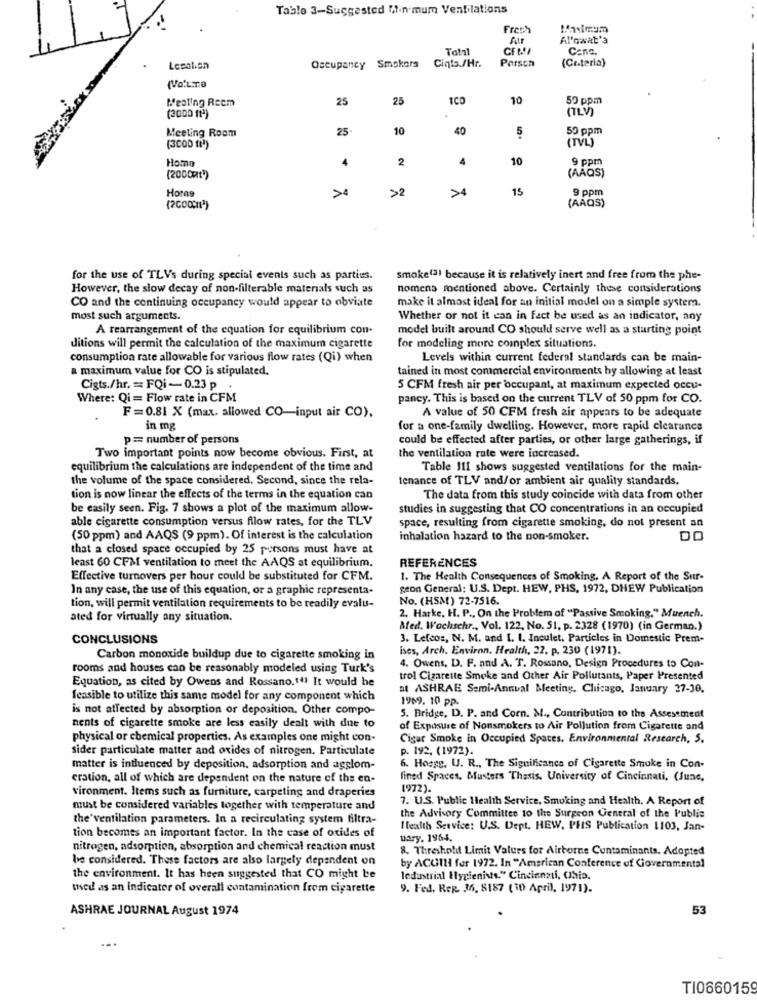
Tablo 3-Suggested Minimum Ventilations
Fresh
Al'owat'a
Total
Canc.
(Ceteria)
Location
Occupancy Smokers
Ciqts./Hr.
Parsen
(Vo.L.T.O
Meoling Reem
25
25
ICO
10
50 ppm
(TLV)
(3000 ftª)
Meeting Room
25
10
40
5
50 ppm
(TVL)
(3COD ft))
Homo
4
2
4
10
9 ppm
(AAQS)
(2000Ht))
Horas
>2
>4
15
9 ppm
(AAQS)
for the use of TLVs during special events such as parties.
Smoke(3) because it is relatively inert and free from the phe-
However, the slow decay of non-filterable materials such as
nomens mentioned above. Certainly these considerations
CO and the continuing occupancy would appear to obviate
make it almost ideal for an initial model on a simple system.
most such arguments.
Whether or not it can in fact be used as an indicator, any
A rearrangement of the equation for equilibrium con-
model built around CO should serve well as a starting point
ditions will permit the calculation of the maximum cigarette
for modeling more complex situations.
consumption rate allowable for various flow rates (Qi) when
Levels within current federal standards can be main-
a maximum value for CO is stipulated.
tained in most commercial environments by allowing at least
Cigts./hr. = FQi -0.23 p .
5 CFM fresh air per 'occupant, at maximum expected occu-
Where: Qi = Flow rate in CFM
pancy. This is based on the current TLV of 50 ppm for CO.
F=0.81 X (max. allowed CO-input air CO),
A value of 50 CFM fresh air appears to be adequate
in mg
for a one-family dwelling. However, more rapid clearance
p= number of persons
could be effected after parties, or other large gatherings, if
Two important points now become obvious. First, at
the ventilation rate were increased.
equilibrium the calculations are independent of the time and
Table III shows suggested ventilations for the main-
the volume of the space considered. Second, since the rela-
tenance of TLV and/or ambient air quality standards.
tion is now linear the effects of the terms in the equation can
The data from this study coincide with data from other
be easily seen. Fig. 7 shows a plot of the maximum allow-
studies in suggesting that CO concentrations in an occupied
able cigarette consumption versus filow rates, for the TLV
space, resulting from cigarette smoking, do not present an
(50 ppm) and AAQS (9 ppm). Of interest is the calculation
inhalation hazard to the non-smoker.
DO
that a closed space occupied by 25 persons must have at
REFERENCES
least 60 CFM ventilation to meet the AAQS at equilibrium.
Effective turnovers per hour could be substituted for CFM.
1. The Health Consequences of Smoking, A Report of the Sur-
In any case, the use of this equation, or a graphic representa-
geon General: U.S. Dept. HEW, PHS, 1972, DHEW Publication
No. (HSM) 72-7516.
tion, will permit ventilation requirements to be readily evalu-
ated for virtually any situation.
2. Harke, H. P ., On the Problem of "Passive Smoking." Muench.
Med. Wochschr ., Vol. 122, No. 51. p. 2328 (1970) (in German.)
CONCLUSIONS
3. Lefcos, N. M. and I. I. Inculet, Particles in Domestic Prem-
ises, Arch. Environ. Health, 22. p. 230 (1971).
Carbon monoxide buildup due to cigarette smoking in
rooms and houses can be reasonably modeled using Turk's
4. Owens, D. F. and A. T. Rossano, Design Procedures to Con-
Equation, as cited by Owens and Rossano.t") It would he
trol Cigarette Smoke and Other Air Pollutants, Paper Presented
at ASHRAE Semi-Annual Meeting. Chicago, January 27-30,
feasible to utilize this same model for any component which
1969. 10 pp.
is not atfected by absorption or deposition. Other compo-
5. Bridge, D. P. and Corn. M ., Contribution to the Assessment
nents of cigarette smoke are less easily dealt with due to
of Exposure of Nonsmokers to Air Pollution from Cigarette and
physical or chemical properties. As examples one might con-
Cigar Smoke in Occupied Spaces. Environmental Research, 5.
sider particulate matter and oxides of nitrogen. Particulate
p. 192. (1972).
matter is influenced by deposition, adsorption and agglom-
6. Hoegy, U. R ., The Significance of Cigarette Smoke in Con-
cration, all of which are dependent on the nature of the en-
fined Spaces, Musters Thesis, University of Cincinnati, (June,
1972).
vironment. Items such as furniture, carpeting and draperies
7. U.S. Public Health Service, Smoking and Health. A Report of
must be considered variables together with temperature and
the' ventilation parameters. In a recirculating system filtra-
the Advisory Committee to the Surgeon General of the Public
Health Service: U.S. Dept. HEW, PHS Publication 1103, Jan-
tion becomes an important factor. In the case of oxides of
uary. 1964.
nitrogen, adsorption, absorption and chemical reaction must
8. Threshold Limit Values for Airborne Contaminants. Adopted
be considered. These factors are also largely dependent on
by ACUIHI for 1972. In "American Conference of Governmental
the environment. It has heen suggested that CO might be
ledustrial Hygienists." Cincinnati, Ohio.
used as an indicator of overall contamination from cigarette
9. Fed. Reg. 36, 8187 (30 April, 1971).
ASHRAE JOURNAL August 1974
53
...
TI0660159